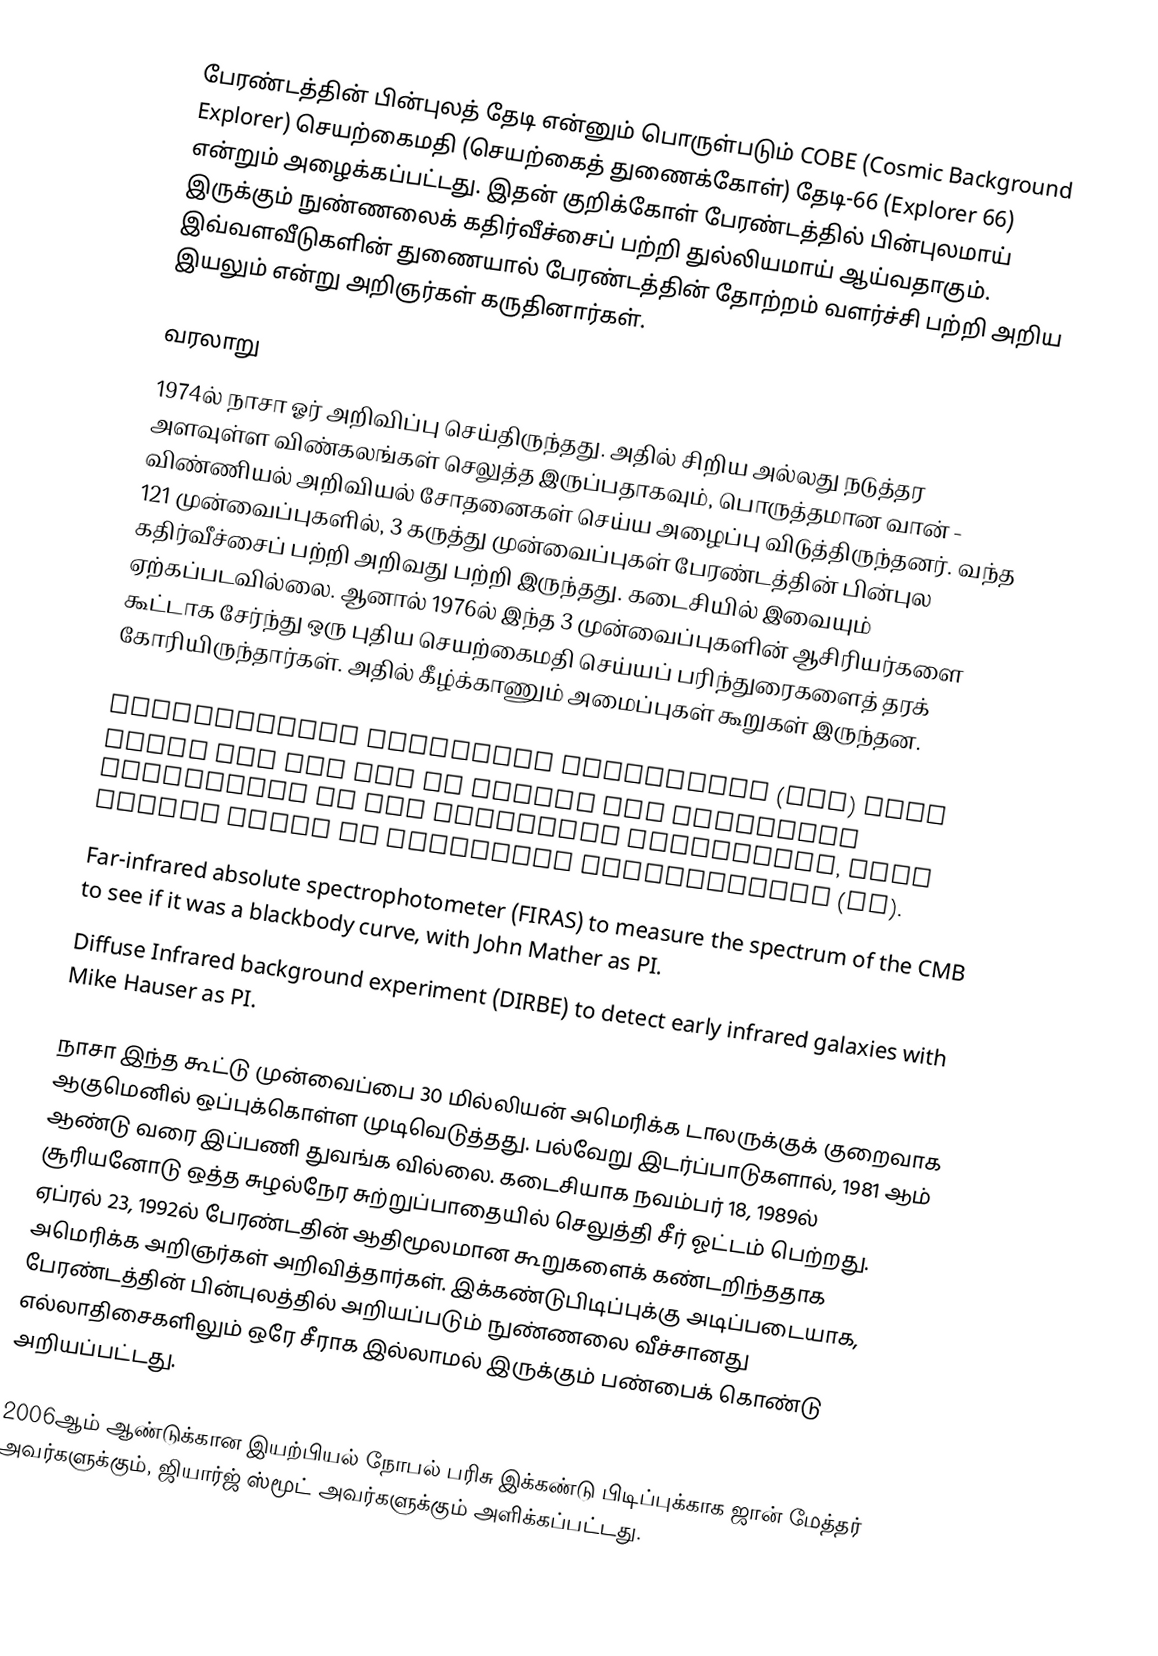
பேரண்டத்தின் பின்புலத் தேடி என்னும் பொருள்படும் COBE (Cosmic Background Explorer) செயற்கைமதி (செயற்கைத் துணைக்கோள்) தேடி-66 (Explorer 66) என்றும் அழைக்கப்பட்டது. இதன் குறிக்கோள் பேரண்டத்தில் பின்புலமாய் இருக்கும் நுண்ணலைக் கதிர்வீச்சைப் பற்றி துல்லியமாய் ஆய்வதாகும். இவ்வளவீடுகளின் துணையால் பேரண்டத்தின் தோற்றம் வளர்ச்சி பற்றி அறிய இயலும் என்று அறிஞர்கள் கருதினார்கள்.

வரலாறு
1974ல் நாசா ஓர் அறிவிப்பு செய்திருந்தது. அதில் சிறிய அல்லது நடுத்தர அளவுள்ள விண்கலங்கள் செலுத்த இருப்பதாகவும், பொருத்தமான வான் - விண்ணியல் அறிவியல் சோதனைகள் செய்ய அழைப்பு விடுத்திருந்தனர். வந்த 121 முன்வைப்புகளில், 3 கருத்து முன்வைப்புகள் பேரண்டத்தின் பின்புல கதிர்வீச்சைப் பற்றி அறிவது பற்றி இருந்தது. கடைசியில் இவையும் ஏற்கப்படவில்லை. ஆனால் 1976ல் இந்த 3 முன்வைப்புகளின் ஆசிரியர்களை கூட்டாக சேர்ந்து ஒரு புதிய செயற்கைமதி செய்யப் பரிந்துரைகளைத் தரக் கோரியிருந்தார்கள். அதில் கீழ்க்காணும் அமைப்புகள் கூறுகள் இருந்தன.

 Differential microwave radiometer (DMR) that would map the CMB to detect the intrinsic anisotropy in the microwave background, with George Smoot as Principal Investigator (PI).
 Far-infrared absolute spectrophotometer (FIRAS) to measure the spectrum of the CMB to see if it was a blackbody curve, with John Mather as PI.
 Diffuse Infrared background experiment (DIRBE) to detect early infrared galaxies with Mike Hauser as PI.

நாசா இந்த கூட்டு முன்வைப்பை 30 மில்லியன் அமெரிக்க டாலருக்குக் குறைவாக ஆகுமெனில் ஒப்புக்கொள்ள முடிவெடுத்தது. பல்வேறு இடர்ப்பாடுகளால், 1981 ஆம் ஆண்டு வரை இப்பணி துவங்க வில்லை. கடைசியாக நவம்பர் 18, 1989ல் சூரியனோடு ஒத்த சுழல்நேர சுற்றுப்பாதையில் செலுத்தி சீர் ஓட்டம் பெற்றது. ஏப்ரல் 23, 1992ல் பேரண்டதின் ஆதிமூலமான கூறுகளைக் கண்டறிந்ததாக அமெரிக்க அறிஞர்கள் அறிவித்தார்கள். இக்கண்டுபிடிப்புக்கு அடிப்படையாக, பேரண்டத்தின் பின்புலத்தில் அறியப்படும் நுண்ணலை வீச்சானது எல்லாதிசைகளிலும் ஒரே சீராக இல்லாமல் இருக்கும் பண்பைக் கொண்டு அறியப்பட்டது.

2006ஆம் ஆண்டுக்கான இயற்பியல் நோபல் பரிசு இக்கண்டு பிடிப்புக்காக ஜான் மேத்தர் அவர்களுக்கும், ஜியார்ஜ் ஸ்மூட் அவர்களுக்கும் அளிக்கப்பட்டது.